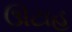
ઊટાહ